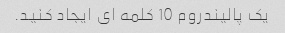
یک پالیندروم 10 کلمه ای ایجاد کنید.